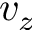
v _ { z }